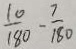
\frac { 1 0 } { 1 8 0 } - \frac { 7 } { 1 8 0 }